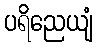
ပရိညေယျံ